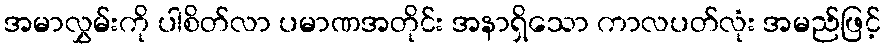
အမာလွှမ်းကို ပါစိတ်လာ ပမာဏအတိုင်း အနာရှိသော ကာလပတ်လုံး အမည်ဖြင့်